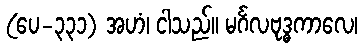
(ပေ-၃၃၁) အဟံ၊ ငါသည်။ မင်္ဂလဗုဒ္ဓကာလေ၊